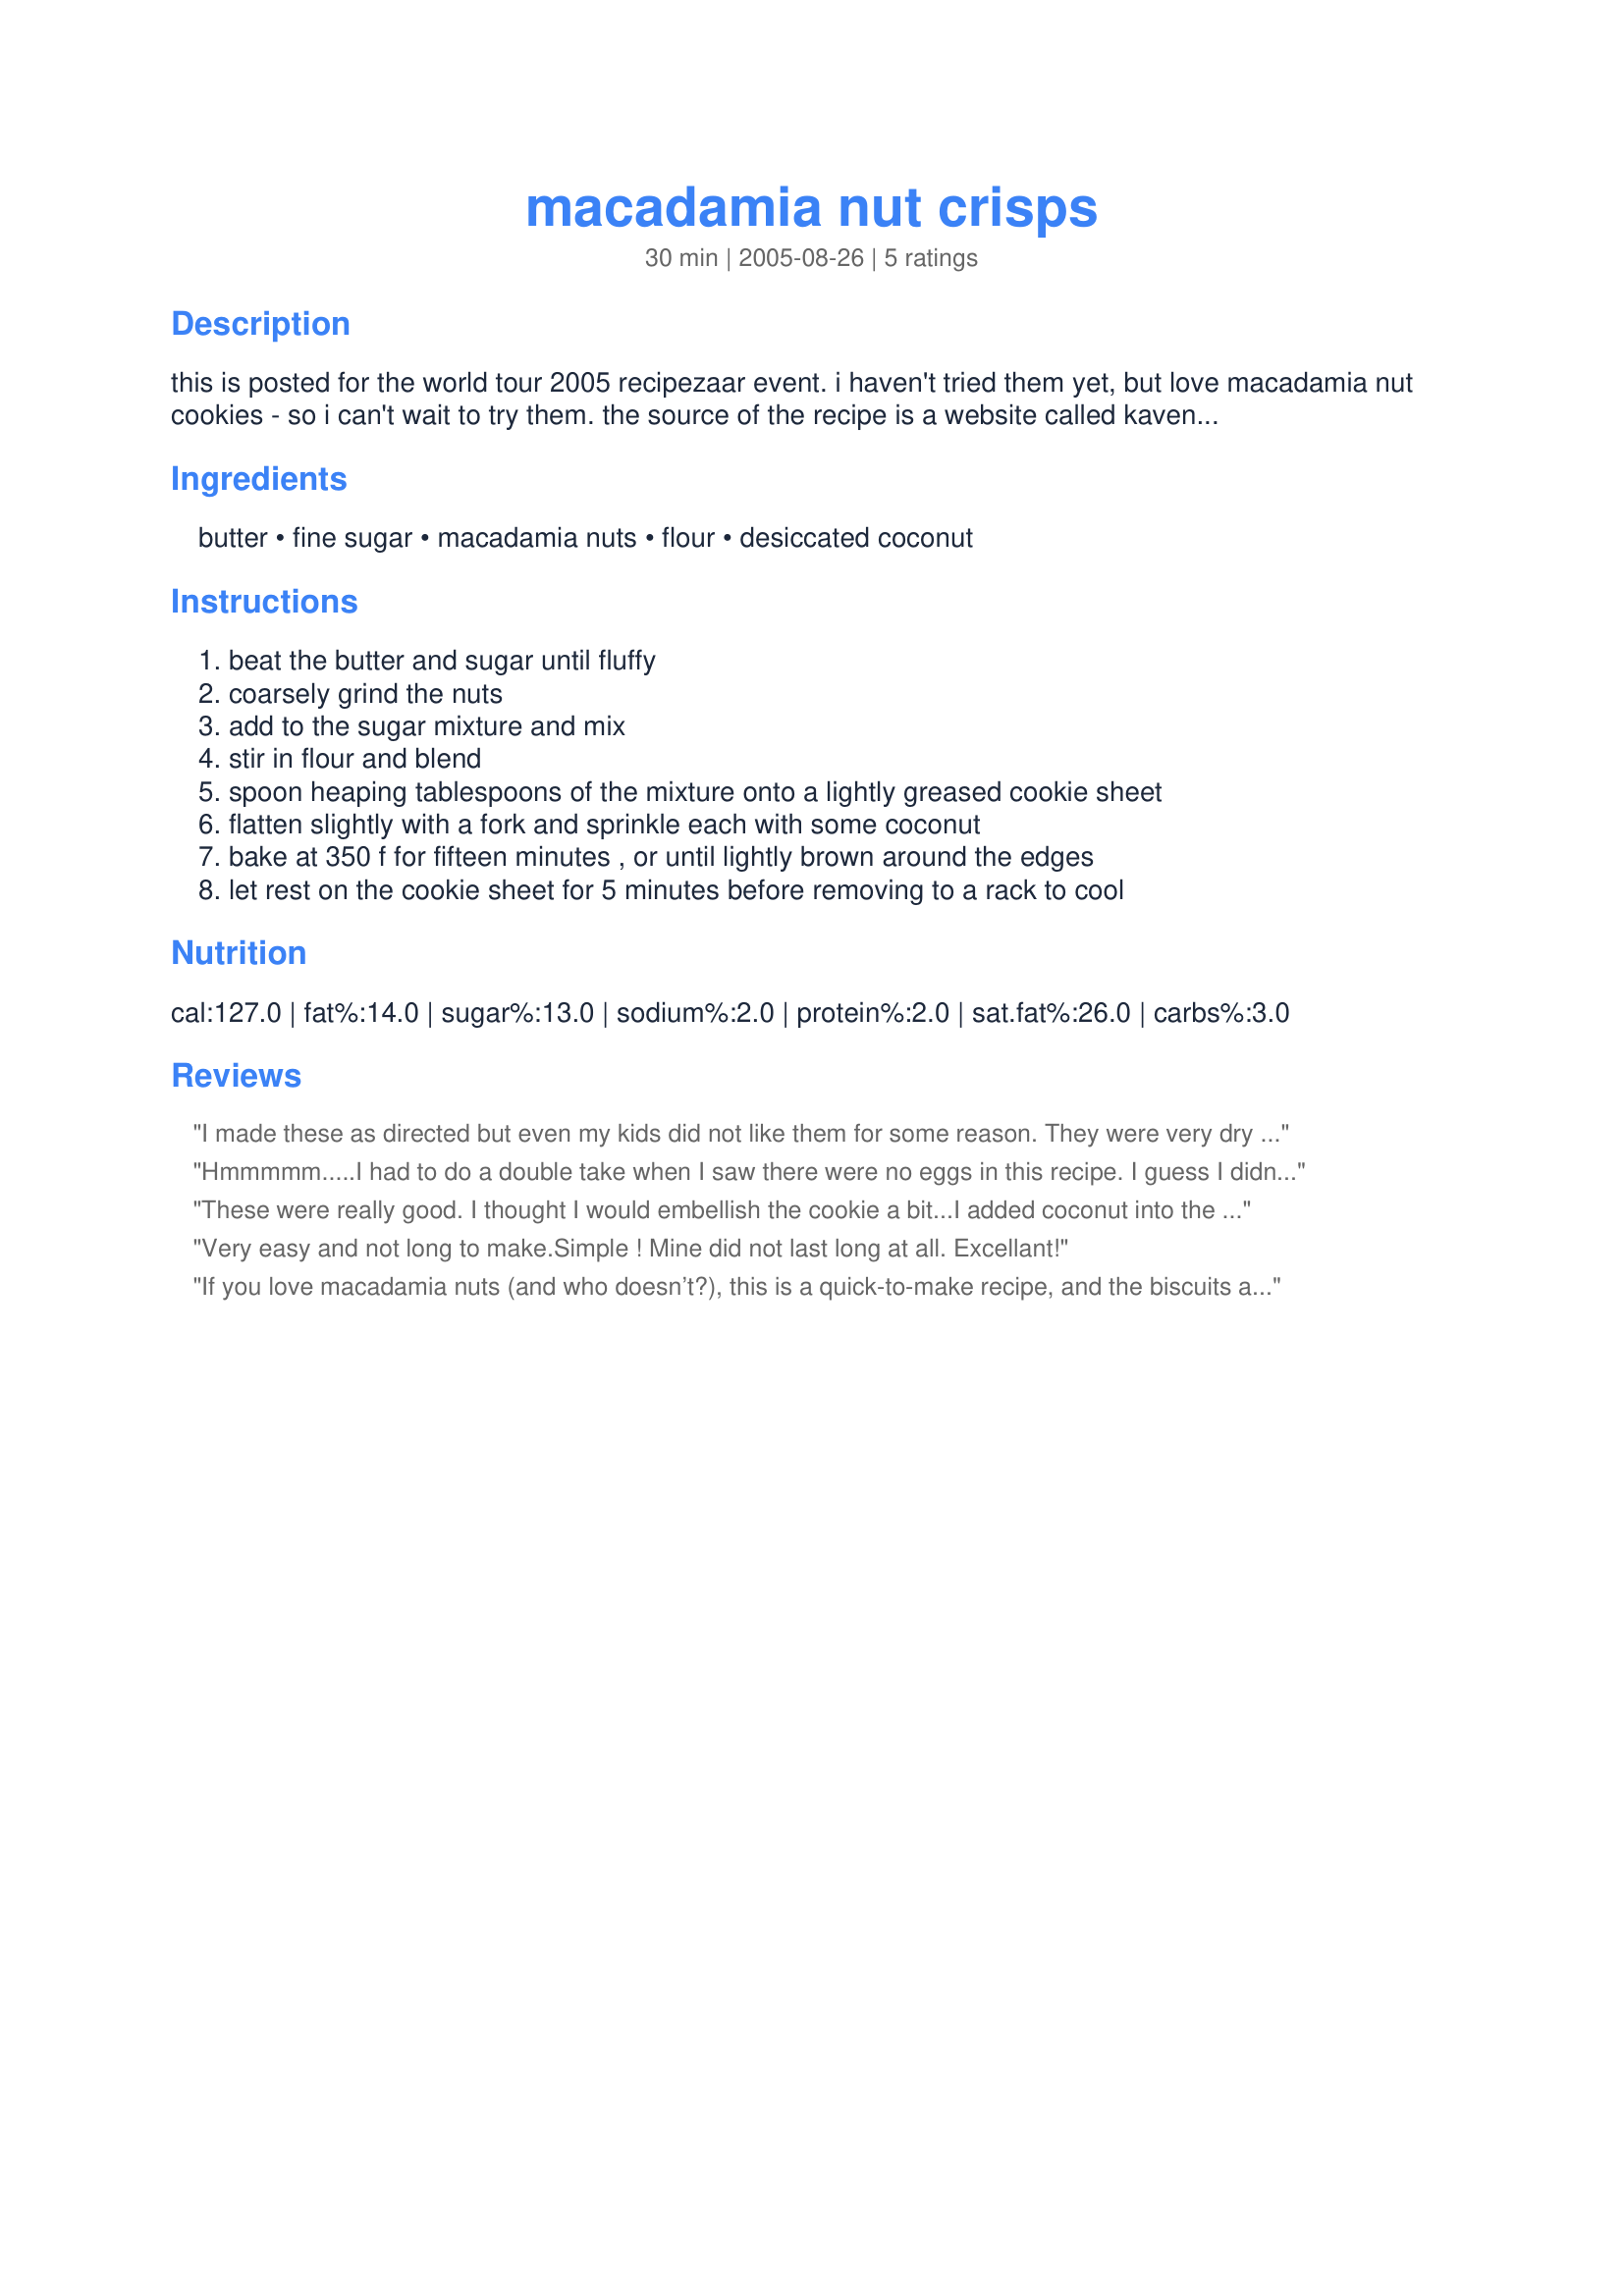
macadamia nut crisps
Preparation time: 30 minutes

this is posted for the world tour 2005 recipezaar event. i haven't tried them yet, but love macadamia nut cookies - so i can't wait to try them.
the source of the recipe is a website called kavenga.com.au which has quite a few australian recipes.

Ingredients:
butter, fine sugar, macadamia nuts, flour, desiccated coconut

Steps:
beat the butter and sugar until fluffy, coarsely grind the nuts, add to the sugar mixture and mix, stir in flour and blend, spoon heaping tablespoons of the mixture onto a lightly greased cookie sheet, flatten slightly with a fork and sprinkle each with some coconut, bake at 350 f for fifteen minutes , or until lightly brown around the edges, let rest on the cookie sheet for 5 minutes before removing to a rack to cool

Reviews:
I made these as directed but even my kids did not like them for some reason. They were very dry and crumbly and were no where near sweet enough. 15 minutes is also too long for them to cook. I took them out after 8 minutes and they were almost burned. I made these for the Bush Tucker challenge for ZWT5 for the Cooks with Dirty Faces. Sorry I could not rate this recipe higher.
Hmmmmm.....I had to do a double take when I saw there were no eggs in this recipe. I guess I didn't expect it to be a shortbread cookie. They turned out okay, but a bit dry and crumbly. DH really liked them so I am giving it 4 stars instead of 3. My son thought they could use more sugar. I think if I make these again I will increase the sugar to 1/2 cup or more. They were a bit salty - I'm not sure if that was from the butter or the nuts since there was no added salt. Unsalted butter would help. All in all a good cookie to have with a cold glass of milk. They are better when fully cooled than fresh out of the oven. Definite potential here. I have to wonder how they would be with some white chocolate chips. This is one I am going to play around with and see what happens. Thanks for posting.
These were really good. I thought I would embellish the cookie a bit...I added coconut into the doug of the second batch and added mini chocolate chips using Calabat Chocolate...big mistake. They are best the way the recipe reads. I used raw macadamias...wondering if next time to toast the nuts first?...thanks for a great recipe PanNan!!
Very easy and not long to make.Simple ! Mine did not last long at all. Excellant!
If you love macadamia nuts (and who doesn’t?), this is a quick-to-make recipe, and the biscuits are delicious! Thanks for sharing, PanNan.
